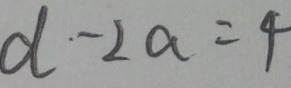
d - 2 a = 4